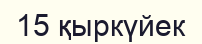
15 қыркүйек